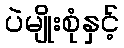
ပဲမျိုးစုံနှင့်